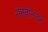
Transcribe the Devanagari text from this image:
संमतीनंतर